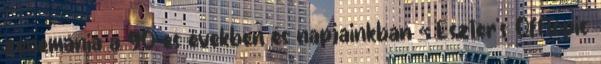
zenemánia a 90-es években és napjainkban « Eszter's Offtopic